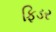
ફિડર